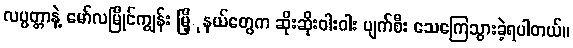
လပ္ပတ္တာနဲ့ မော်လမြိုင်ကျွန်း မြိ့ုနယ်တွေက ဆိုးဆိုးဝါးဝါး ပျက်စီး သေကြေသွားခဲ့ရပါတယ်။